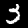
Label: 3